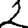
Digit: 2